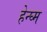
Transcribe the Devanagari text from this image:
हेन्घ्म